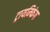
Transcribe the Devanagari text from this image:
ट्रायम्फिंग